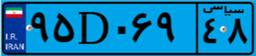
۹۵D۰۶۹۴۸